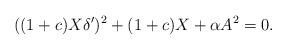
LaTeX: \begin{align*}((1+c)X \delta')^2+(1+c)X+\alpha A^2=0.\end{align*}